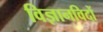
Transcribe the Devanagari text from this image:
विज्ञानविदों